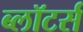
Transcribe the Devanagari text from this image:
ब्लॉटर्स